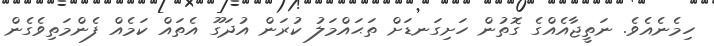
ހިމެނެއެވެ. ނަތީޖާއެއްގެ ގޮތުން ހަށިގަނޑަށް ތަޙައްމަލު ކުރަން އުދަގޫ އެތައް ކަމެއް ފެންމަތިވެގެން